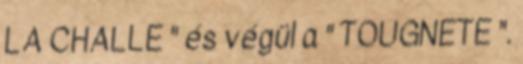
LA CHALLE " és végül a " TOUGNETE ".